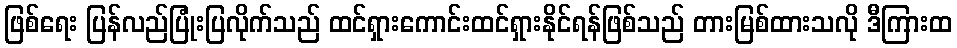
ဖြစ်ရေး ပြန်လည်ပြုံးပြလိုက်သည် ထင်ရှားကောင်းထင်ရှားနိုင်ရန်ဖြစ်သည် တားမြစ်ထားသလို ဒီကြားထ